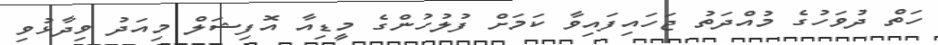
ހަތް ދުވަހުގެ މުއްދަތު ޖަހައިފައިވާ ކަަމަށް ފުލުހުންގެ މީޑިއާ އޮފިޝަލް މިއަދު ވިދާޅުވި